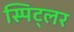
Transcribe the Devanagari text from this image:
स्पिट्लर